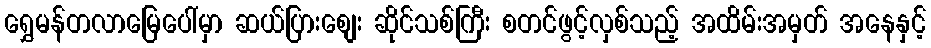
ရွှေမန်တလာမြေပေါ်မှာ ဆယ်ပြားစျေး ဆိုင်သစ်ကြီး စတင်ဖွင့်လှစ်သည့် အထိမ်းအမှတ် အနေနှင့်